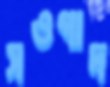
সওগাদ